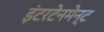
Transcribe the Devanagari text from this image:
इंटरटेनमेन्ट